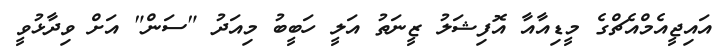
އައިޖީއެމްއެޗްގެ މީޑިއާއާ އޮފިޝަލު ޒީނަތު އަލީ ހަބީބު މިއަދު "ސަން" އަށް ވިދާޅުވީ